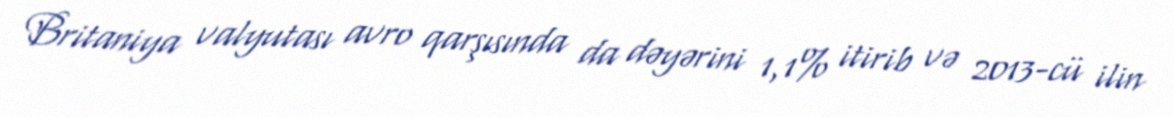
Britaniya valyutası avro qarşısında da dəyərini 1,1% itirib və 2013-cü ilin